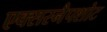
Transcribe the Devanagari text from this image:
एक्सस्नैपशोट